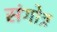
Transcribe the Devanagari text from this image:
संगोत्र